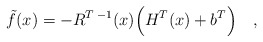
\begin{align*}\tilde f(x) = -R^{T\;-1}(x)\Bigl(H^T(x) + b^T\Bigr)\quad,\end{align*}